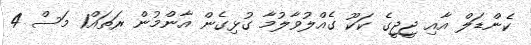
ކެންޑަލް އާއި ޖީޖީގެ ކަކޫ ގެއްލުވާލުމާ ގުޅިގެން އާންމުން ރަތައް1 މަސް 4